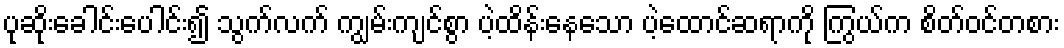
ပုဆိုးခေါင်းပေါင်း၍ သွက်လက် ကျွမ်းကျင်စွာ ပဲ့ထိန်းနေသော ပဲ့ထောင်ဆရာကို ကြွယ်က စိတ်ဝင်တစား